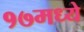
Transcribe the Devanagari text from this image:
१७मध्ये